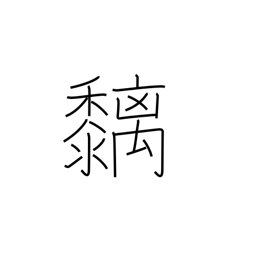
Meaning: bird-lime